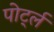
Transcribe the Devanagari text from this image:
पोर्ट्ल